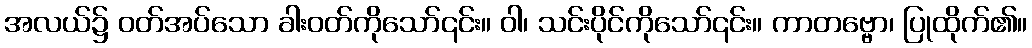
အလယ်၌ ဝတ်အပ်သော ခါးဝတ်ကိုသော်၎င်း။ ဝါ၊ သင်းပိုင်ကိုသော်၎င်း။ ကာတဗ္ဗော၊ ပြုထိုက်၏။